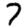
Digit: 7